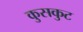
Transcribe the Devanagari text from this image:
कुसकुट